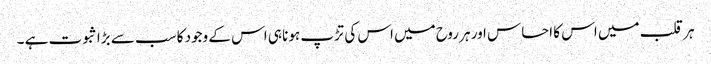
ہر قلب میں اس کا احساس اور ہر روح میں اس کی تڑپ ہونا ہی اس کے وجود کا سب سے بڑا ثبوت ہے ۔